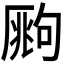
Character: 𰆧